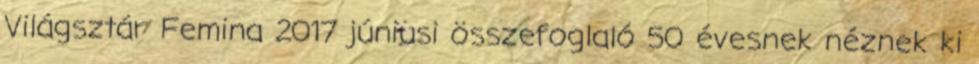
Világsztár Femina 2017 júniusi összefoglaló 50 évesnek néznek ki